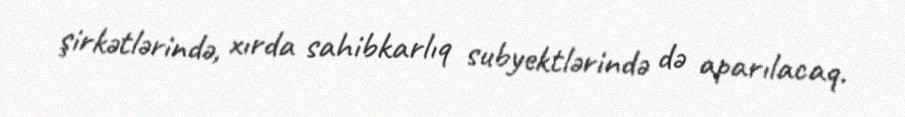
şirkətlərində, xırda sahibkarlıq subyektlərində də aparılacaq.